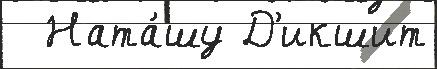
  Ната́шу Д'икшит